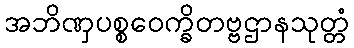
အဘိဏှပစ္စဝေက္ခိတဗ္ဗဌာနသုတ္တံ